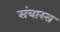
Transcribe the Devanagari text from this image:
संत्रारस